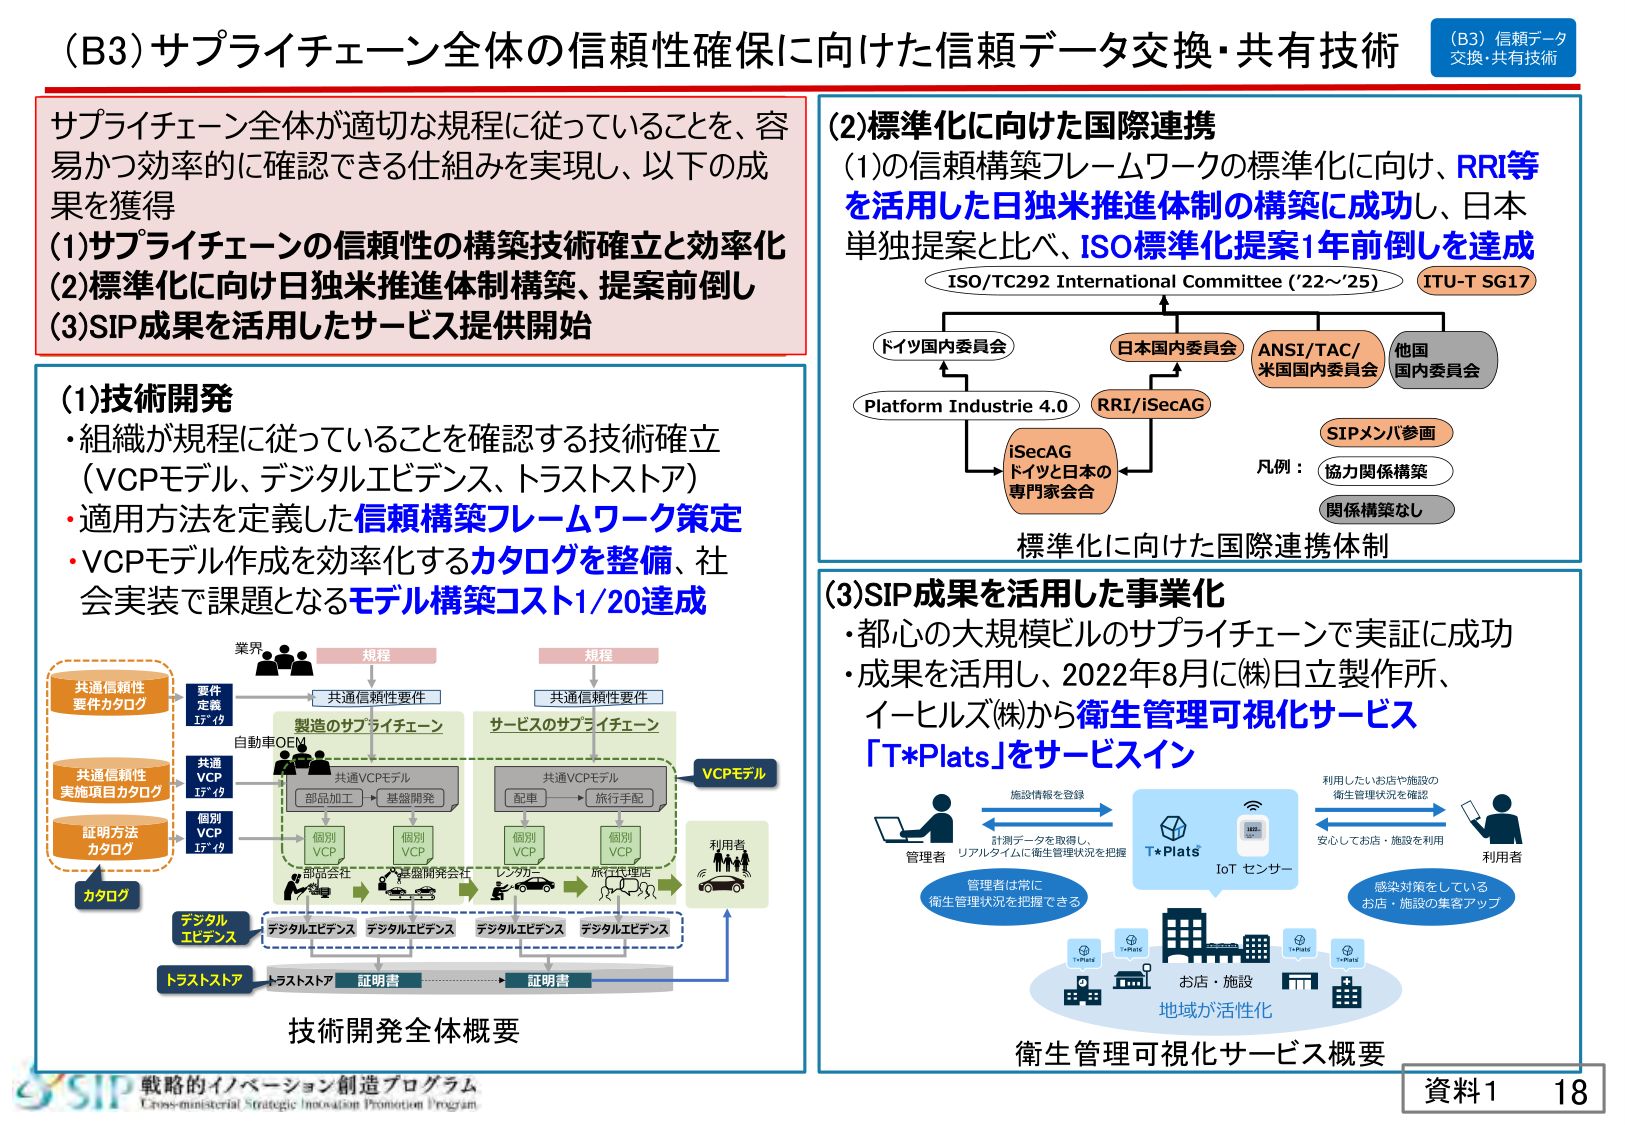
(B3) サプライチェーン全体の信頼性確保に向けた信頼データ交換・共有技術

サプライチェーン全体が適切な規程に従っていることを、容易かつ効率的に確認できる仕組みを実現し、以下の成果を獲得
(1)サプライチェーンの信頼性の構築技術確立と効率化
(2)標準化に向け日独米推進体制構築、提案前倒し
(3)SIP成果を活用したサービス提供開始

(1)技術開発
・組織が規程に従っていることを確認する技術確立（VCPモデル、デジタルエビデンス、トラストストア）
・適用方法を定義した信頼構築フレームワーク策定
・VCPモデル作成を効率化するカタログを整備、社会実装で課題となるモデル構築コスト1/20達成

業界
規程
規程

共通信頼性要件カタログ
要件定義
17-19
共通信頼性要件
製造のサプライチェーン
サービスのサプライチェーン
共通信頼性要件
自動車OEM
共通VCPモデル
部品加工 → 基盤開発
配車 → 旅行手配
共通VCPモデル
個別VCP
17-19
個別VCP
個別VCP
個別VCP
部品会社
基盤開発会社
レンタカー
旅行代理店
利用者
デジタルエビデンス
デジタルエビデンス
デジタルエビデンス
デジタルエビデンス
トラストストア
証明書
証明書
VCPモデル
カタログ
デジタルエビデンス
トラストストア
技術開発全体概要

(2)標準化に向けた国際連携
(1)の信頼構築フレームワークの標準化に向け、RRI等を活用した日独米推進体制の構築に成功し、日本単独提案と比べ、ISO標準化提案1年前倒しを達成

ISO/TC292 International Committee ('22～'25)
ITU-T SG17

ドイツ国内委員会
日本国内委員会
ANSI/TAC/米国国内委員会
他国国内委員会

Platform Industrie 4.0
RRI/iSecAG
iSecAG
ドイツと日本の専門家会合

SIPメンバ参画
凡例：
協力関係構築
関係構築なし

標準化に向けた国際連携体制

(3)SIP成果を活用した事業化
・都心の大規模ビルのサプライチェーンで実証に成功
・成果を活用し、2022年8月に㈱日立製作所、イーヒルズ㈱から衛生管理可視化サービス「T*Plats」をサービスイン

管理者
施設情報を登録
計測データを取得し、リアルタイムに衛生管理状況を把握
T*Plats
IoT センサー
利用者
利用したいお店や施設の衛生管理状況を確認
安心してお店・施設を利用
管理者は常に衛生管理状況を把握できる
感染対策をしているお店・施設の集客アップ
お店・施設
地域が活性化
衛生管理可視化サービス概要

戦略的イノベーション創造プログラム
Cross-ministerial Strategic Innovation Promotion Program

資料1 18

(B3) 信頼データ交換・共有技術